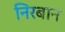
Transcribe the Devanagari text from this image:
निरबान